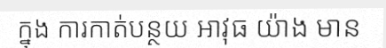
ក្នុង ការកាត់បន្ថយ អាវុធ យ៉ាង មាន